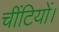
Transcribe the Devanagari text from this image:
चींटियों।